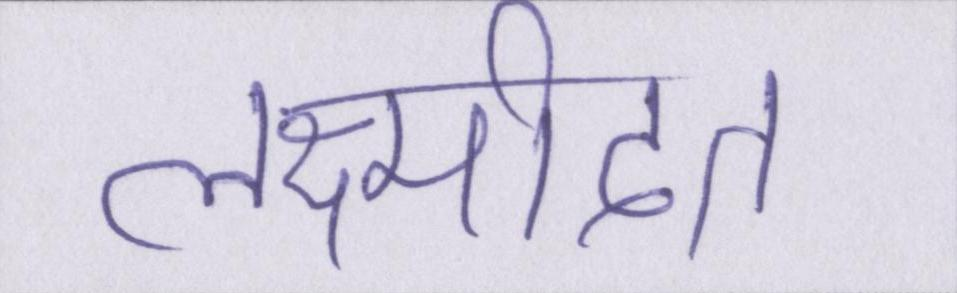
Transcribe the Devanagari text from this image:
लक्ष्मीदत्त